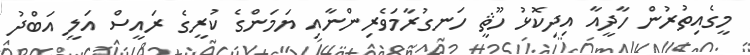
މީގެއިތުރުން ހާދީއާ އިދިކޮޅު ހޫޘީ ހަނގުރާމަވެރިންނާއި ޔަމަންގެ ކުރީގެ ރައީސް އަލީ އަބްދު